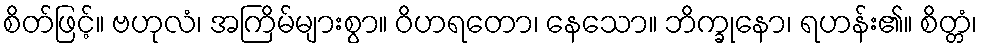
စိတ်ဖြင့်။ ဗဟုလံ၊ အကြိမ်များစွာ။ ဝိဟရတော၊ နေသော။ ဘိက္ခုနော၊ ရဟန်း၏။ စိတ္တံ၊